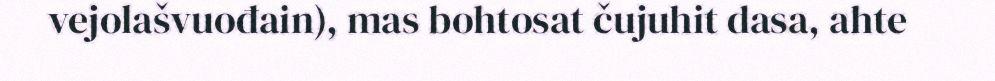
vejolašvuođain), mas bohtosat čujuhit dasa, ahte